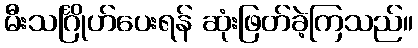
မီးသင်္ဂြိုဟ်ပေးရန် ဆုံးဖြတ်ခဲ့ကြသည်။